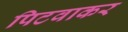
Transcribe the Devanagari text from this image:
पिटवाकर